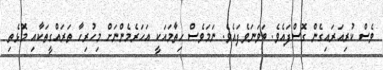
ވެސް ކުރިއަރައިގެން ގޮސްފައެވެ. ބަވަނަވެފައެވެ. ނަމަވެސް ހިތާމައަކީ އަހަރެމެންނަށް މިހުރިހާ ތަރައްގީތަކާއި މޮޅެތި